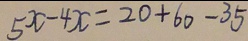
5 x - 4 x = 2 0 + 6 0 - 3 5